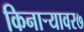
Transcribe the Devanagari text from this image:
किनाऱ्यावर७